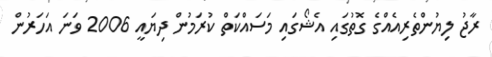
ރާޖު ލިޔުންތެރިއެއްގެ ގޮތުގައި އެޝޯގައި މަސައްކަތް ކުރަމުން ދިޔައީ 2006 ވަނަ އަހަރުން